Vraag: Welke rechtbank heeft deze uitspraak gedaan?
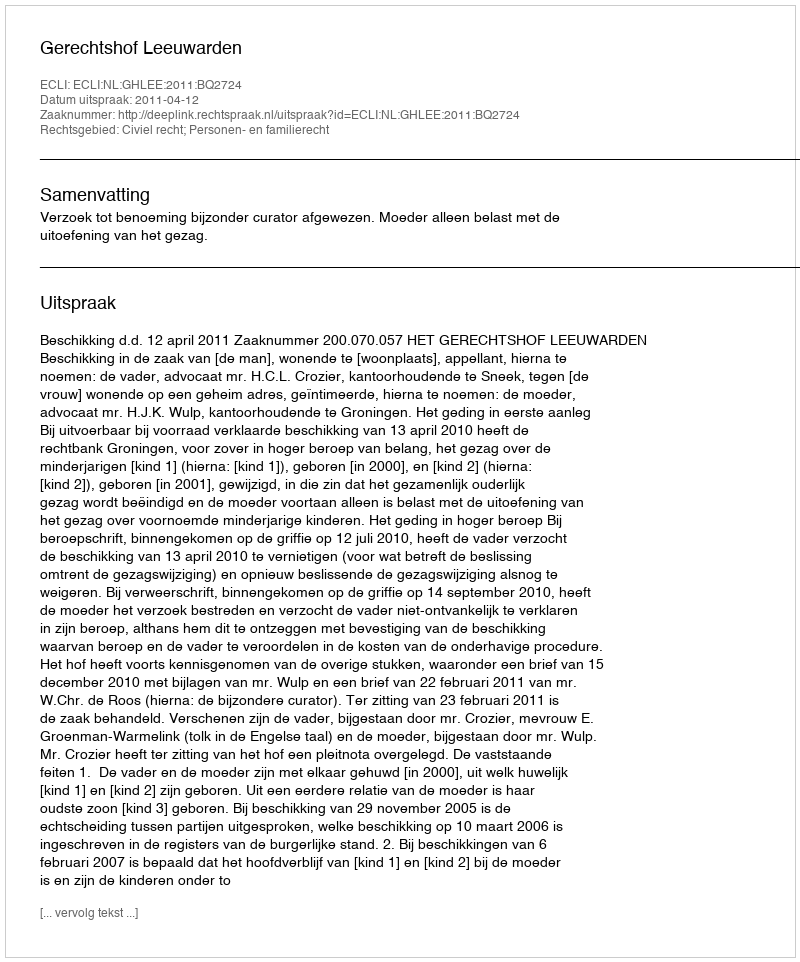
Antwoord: Gerechtshof Leeuwarden